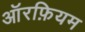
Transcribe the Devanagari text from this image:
ऑरफ़ियम